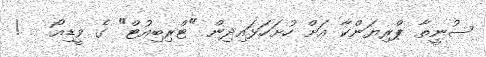
ސުނީތާ ޕްރިޔަންކާ އަށް ހުށަހަޅައިދިން "ޓްރިބިއުޓް" ގެ ވީޑިއޯ   !